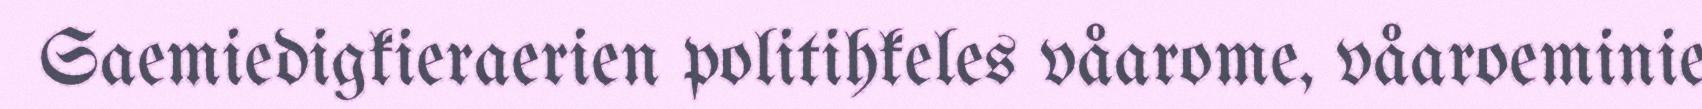
Saemiedigkieraerien politihkeles våarome, våaroeminie